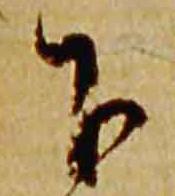
下